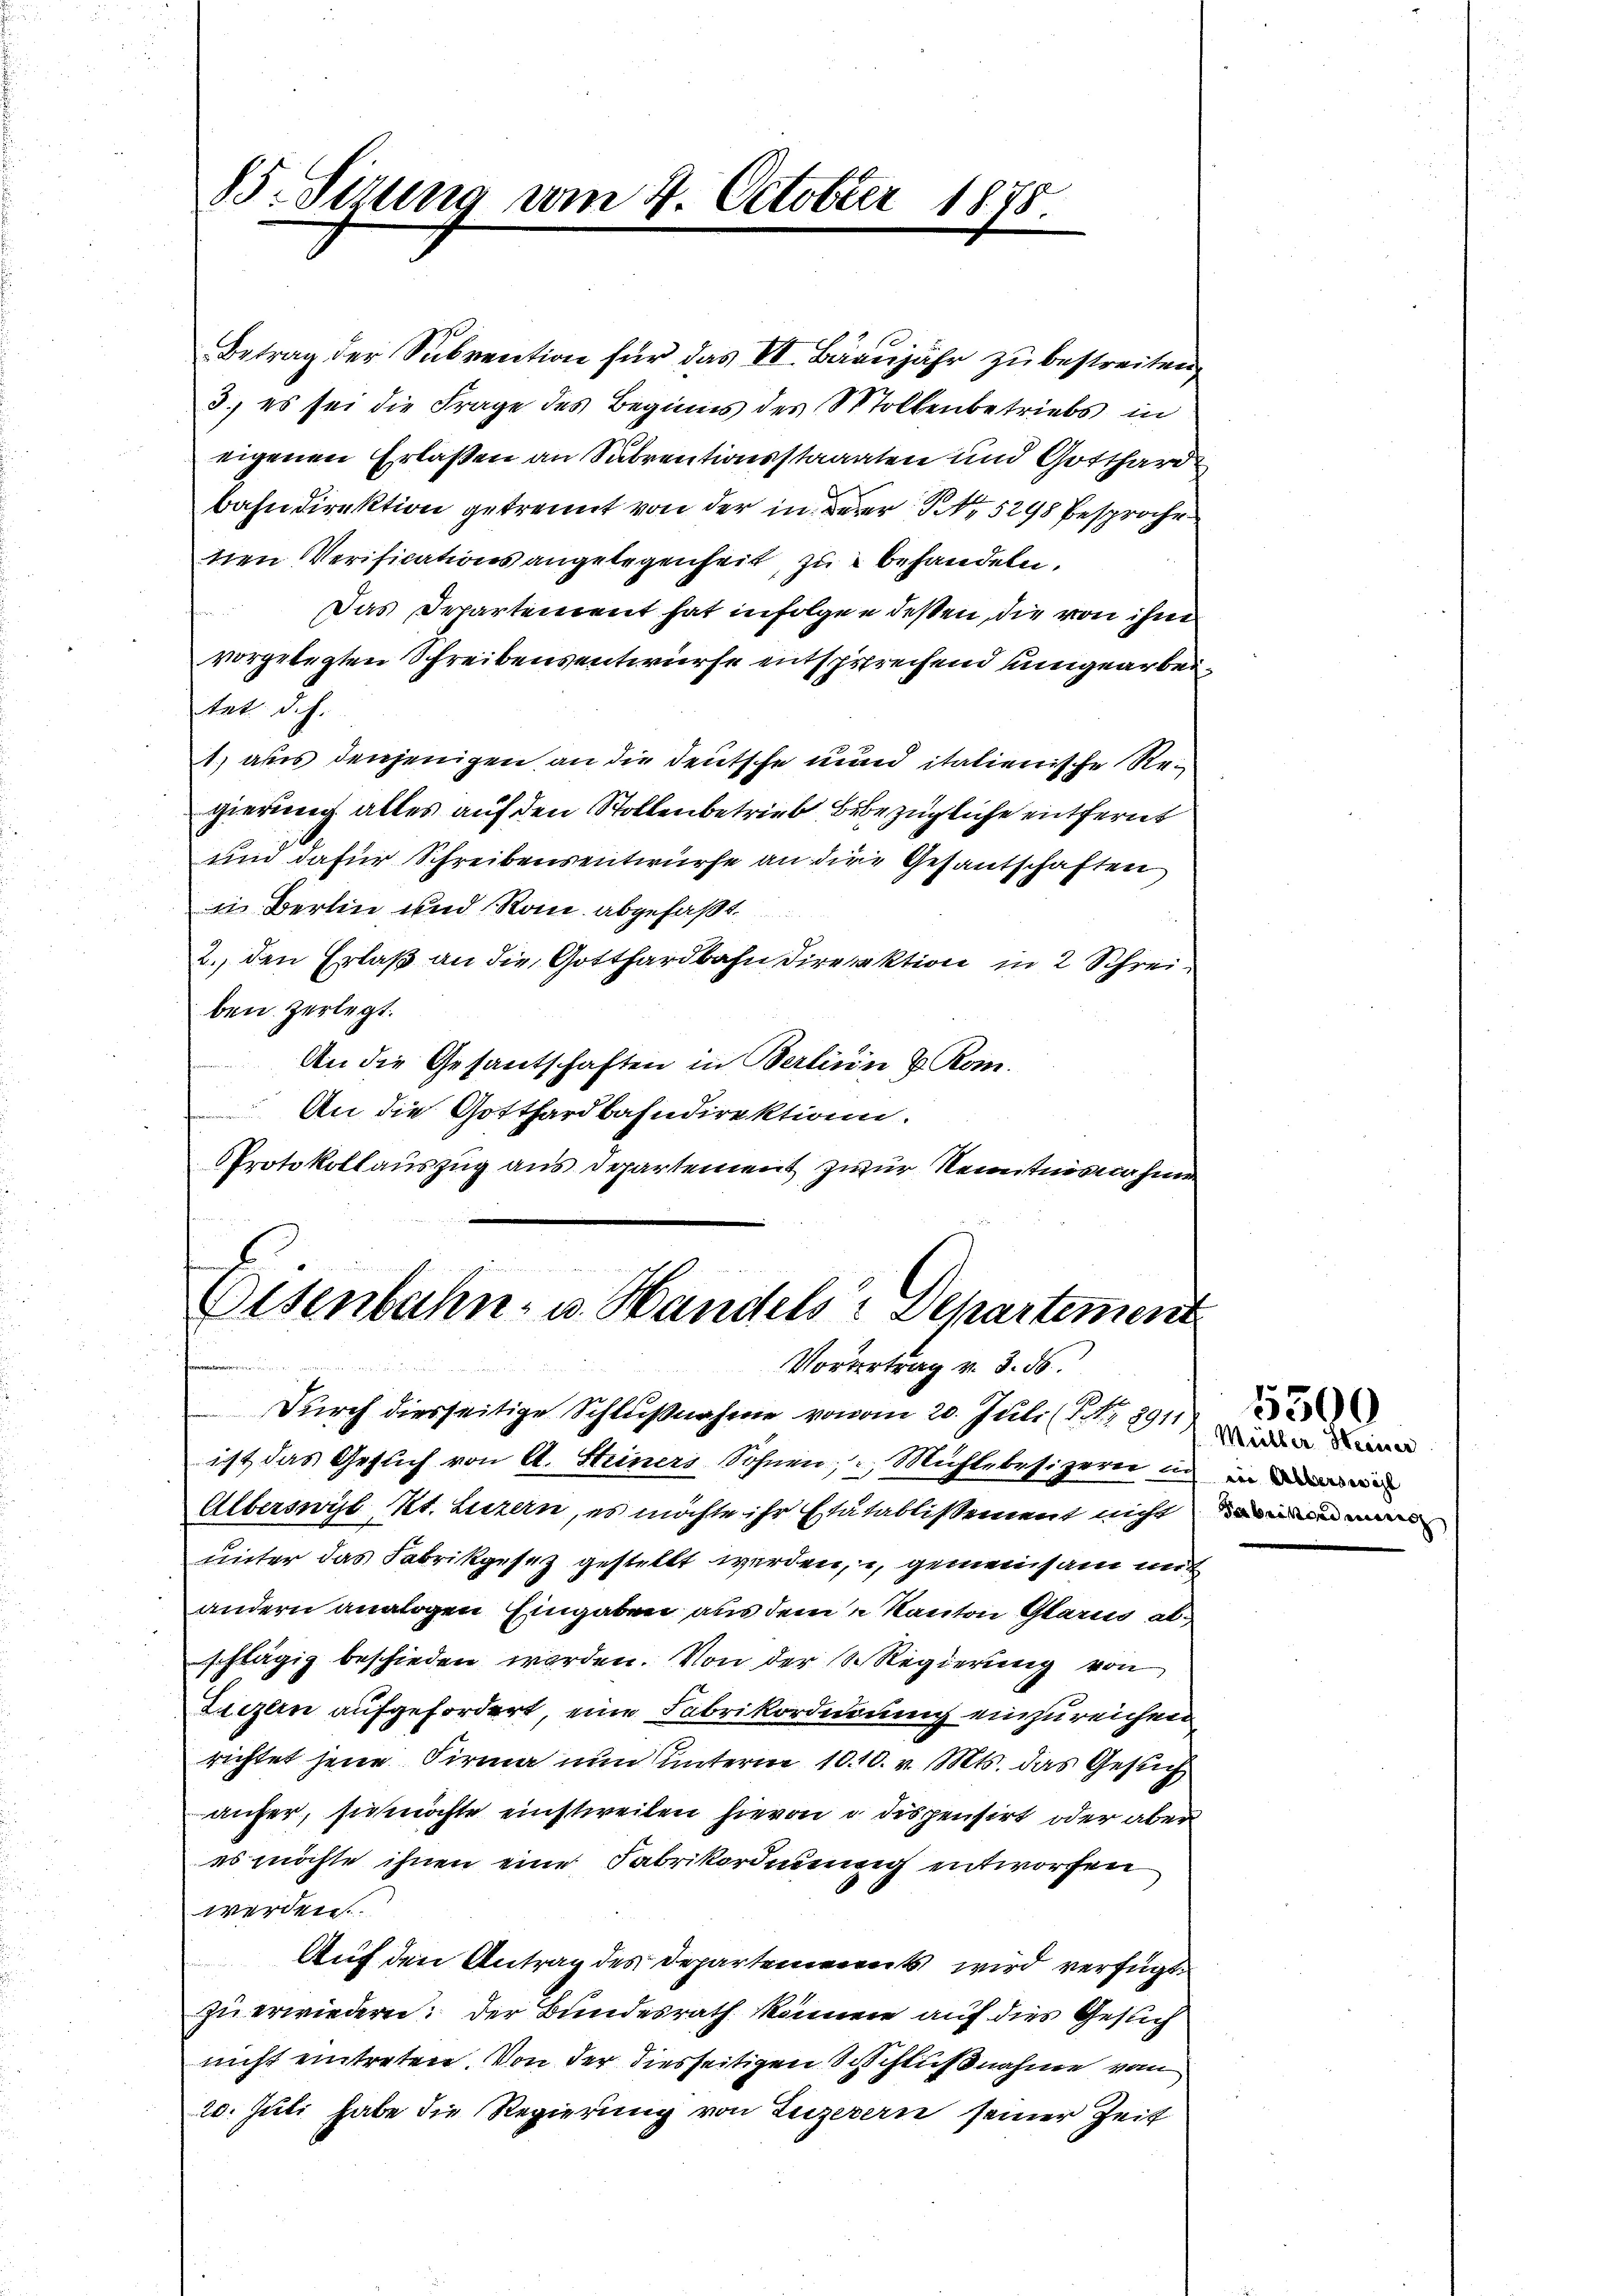
85. Sizung vom 4. October 1875.

Betrag der Subvention für das VI. Bärujahr zu bestreiten,
3.) es sei die Frage des Beginns des Wolkenbetriebs in
eigenen Erlaßen an Subventionsstaaaten und Gotthard
bahndirektion getrennt von der in derer No 5298 besproche
nen Verificationsangelegenheit, zu behandeln.
Das Departement hat infolgen dessen, die von ihm
vorgelegten Schreibensentwurfe entsprechend umgearbeitet, d.h.
1) aus denjenigen an die Deutsche und italienische Regierung alles auf den Stollenbetrieb Bebezügliche entfernt
und dafür Schreibensentwurfe an die Gesantschaften
in Berlin und Rain abgefaßt
2. den Erlaß an die Gotthardbahn Direktion in 2 Schreiben zerlegt.
An die Gesantschaften in Berlin u. Kom-
An die Gotthardbahndirektion.
PProtokollauszug aus Departement zwar Kenntnisnahme

Eisenbahn- u. Handels Departement
N
Vorertrag v. 3. ds.

Durch diesseitige Schlußnahme von 20. Juli (S. Nr. 891
ist das Gesuch von A. Steiners Sohnen, Mühlebesizeri in in
Alberswyl Kt. Luzern, es möchte ihr statablissement nicht in
unter das Fabrikgesez gestellt werden, gemeinsam mit
andern analogen Eingaben aus dem Kanton Glarus abschlägig beschieden worden. Von der S. Regierung von
Liezern aufgefordert, eine Fabrikordnung einzureichen
richtet jene Firma nun unterm 10. 10. v. Mts. das Gesuch
anfer, sie möchte einstweilen hievon a dispensirt oder aber
es möchte ihnen eine Fabrikordauung entworfen
werden.
Auf den Antrag des Departement wird verfügt:
zu erwiedern: der Bundesrath können auf dies Gesuch
nicht eintreten. Von der diesseitigen Schlußnahme von
20. Juli habe die Regierung von Luzerern seiner Zeit

5300